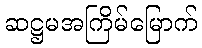
ဆဋ္ဌမအကြိမ်မြောက်